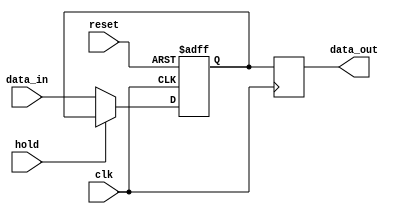
module hold_condition(
    input wire clk,             // Clock signal
    input wire reset,           // Reset signal
    input wire hold,            // Hold control signal
    input wire [7:0] data_in,   // Input data (8 bits for example)
    output reg [7:0] data_out    // Output data (8 bits for example)
);

// State variable to hold the current output value
reg [7:0] current_state;

// Always block triggered on the rising edge of the clock
always @(posedge clk or posedge reset) begin
    if (reset) begin
        // Reset the output to a predefined value (e.g., 8'b00000000)
        current_state <= 8'b00000000;
    end else if (!hold) begin
        // If hold condition is not active, update the output based on the input data
        current_state <= data_in;
    end
    // If hold condition is active, retain the current output value
end

// Assign the current state to the output
always @(posedge clk) begin
    data_out <= current_state;
end

endmodule